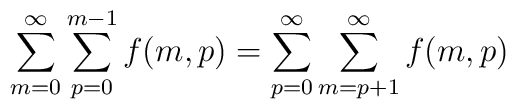
\sum _{m=0}^{\infty}\sum_{p=0}^{m-1}f(m,p)=\sum_{p=0}^{\infty}\sum_{m=p+1}^{\infty}f(m,p)